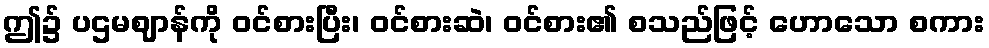
ဤ၌ ပဌမဈာန်ကို ဝင်စားပြီး၊ ဝင်စားဆဲ၊ ဝင်စား၏ စသည်ဖြင့် ဟောသော စကား